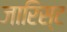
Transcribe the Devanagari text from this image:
जारिस्ट